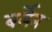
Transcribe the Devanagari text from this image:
बर्लेन